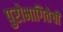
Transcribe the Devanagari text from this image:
पुरोभागितेची